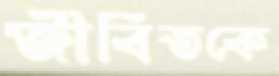
জীবিতকে